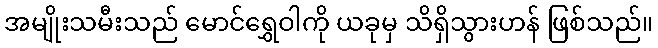
အမျိုးသမီးသည် မောင်ရွှေဝါကို ယခုမှ သိရှိသွားဟန် ဖြစ်သည်။